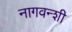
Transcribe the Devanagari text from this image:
नागवन्शी